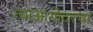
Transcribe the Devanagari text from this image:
त्याआगोदरचा